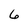
Character: 6